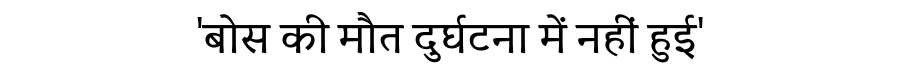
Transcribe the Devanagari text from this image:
'बोस की मौत दुर्घटना में नहीं हुई'